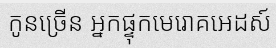
កូនច្រើន អ្នកផ្ទុកមេរោគអេដស៍